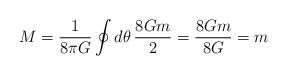
LaTeX: \begin{align*}M = {1 \over 8\pi G} \oint d\theta \, {8Gm \over 2} = {8Gm \over 8 G} = m\end{align*}